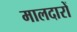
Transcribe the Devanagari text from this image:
मालदारों